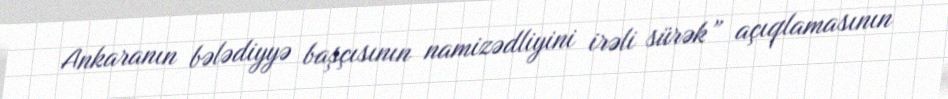
Ankaranın bələdiyyə başçısının namizədliyini irəli sürək” açıqlamasının